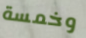
وخمسة